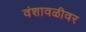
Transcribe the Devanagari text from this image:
वंशावळीवर